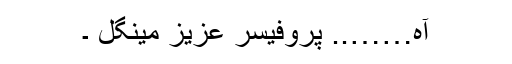
آہ…….. پروفیسر عزیز مینگل ۔